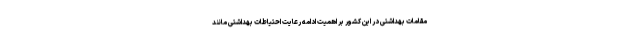
مقامات بهداشتی در این کشور بر اهمیت ادامه رعایت احتیاطات بهداشتی مانند